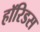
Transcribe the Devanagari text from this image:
हॉरिडस